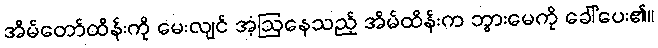
အိမ်တော်ထိန်းကို မေးလျင် အံ့ဩနေသည့် အိမ်ထိန်းက ဘွားမေကို ခေါ်ပေး၏။